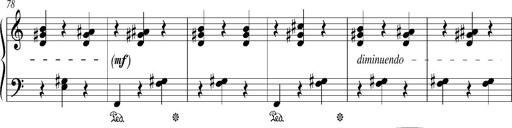
Title: Bagatelle sans tonalitÃ©
Composer: Franz Liszt